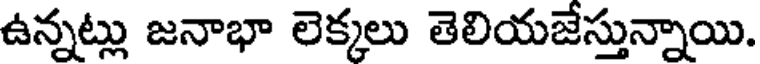
ఉన్నట్లు జనాభా లెక్కలు తెలియజేస్తున్నాయి.